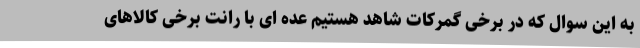
به این سوال که در برخی گمرکات شاهد هستیم عده ای با رانت برخی کالاهای